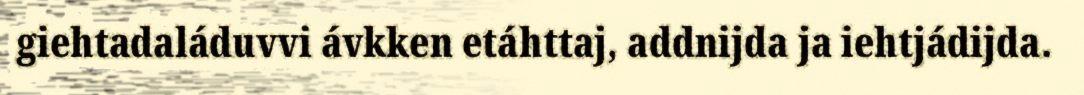
giehtadaláduvvi ávkken etáhttaj, addnijda ja iehtjádijda.